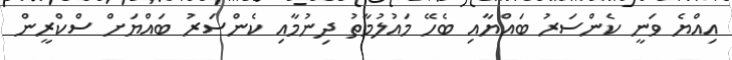
އިއްޔެ ވަނީ ކެންސަރު ބައްޔާއި ބެހޭ މައުލުމާތު ދިނުމާއި ކެންސަރު ބައްޔަށް ސްކްރީން